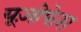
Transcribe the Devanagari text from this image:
यूज़ोफेरा